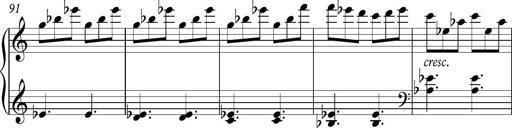
Title: Piano Sonatina in C
Composer: Daniel LÃ©o Simpson
Key: C major